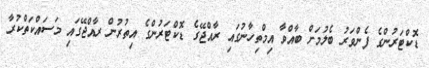
ޑޮކްޓަރުންގެ ފެންވަރު ބެލުމަށް ބާއްވާ އިމްތިހާނުގައި ރާއްޖޭގެ ޑޮކްޓަރުންގެ އިތުރުން ރާއްޖޭގައި މަސައްކަތްކުރާ